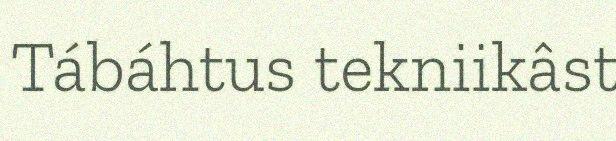
Tábáhtus tekniikâst